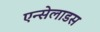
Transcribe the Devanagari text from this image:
एन्सेलाडस